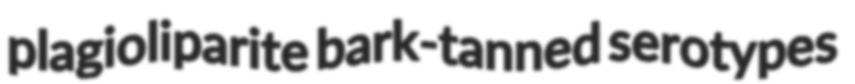
plagioliparite bark-tanned serotypes